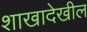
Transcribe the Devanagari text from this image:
शाखादेखील